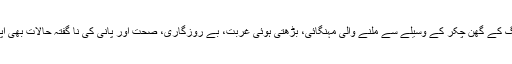
کرپشن اور منی لانڈرنگ کے گھن چکر کے وسیلے سے ملنے والی مہنگائی، بڑھتی ہوئی غربت، بے روزگاری، صحت اور پانی کی نا گفتہ حالات بھی اپنا رنگ دکھا رہے ہیں ۔